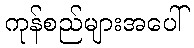
ကုန်စည်များအပေါ်